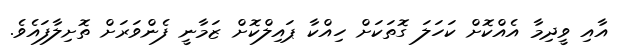
އާއި ވީދިމާ އެއްކޮށް ކަހަލަ ގޮތަކަށް ހިއްކާ ޕައިލްކޮށް ޒަމާނީ ފެންވަރަށް ތޮށިލާފައެވެ.